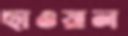
ছাওয়াল